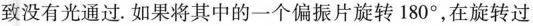
致没有光通过。如果将其中的一个偏振片旋转180°，在旋转过